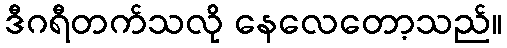
ဒီဂရီတက်သလို နေလေတော့သည်။